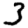
Digit: 3